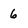
Character: 6